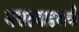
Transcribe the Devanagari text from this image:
मराठवाडयाची